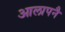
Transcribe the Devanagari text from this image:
आलापनै